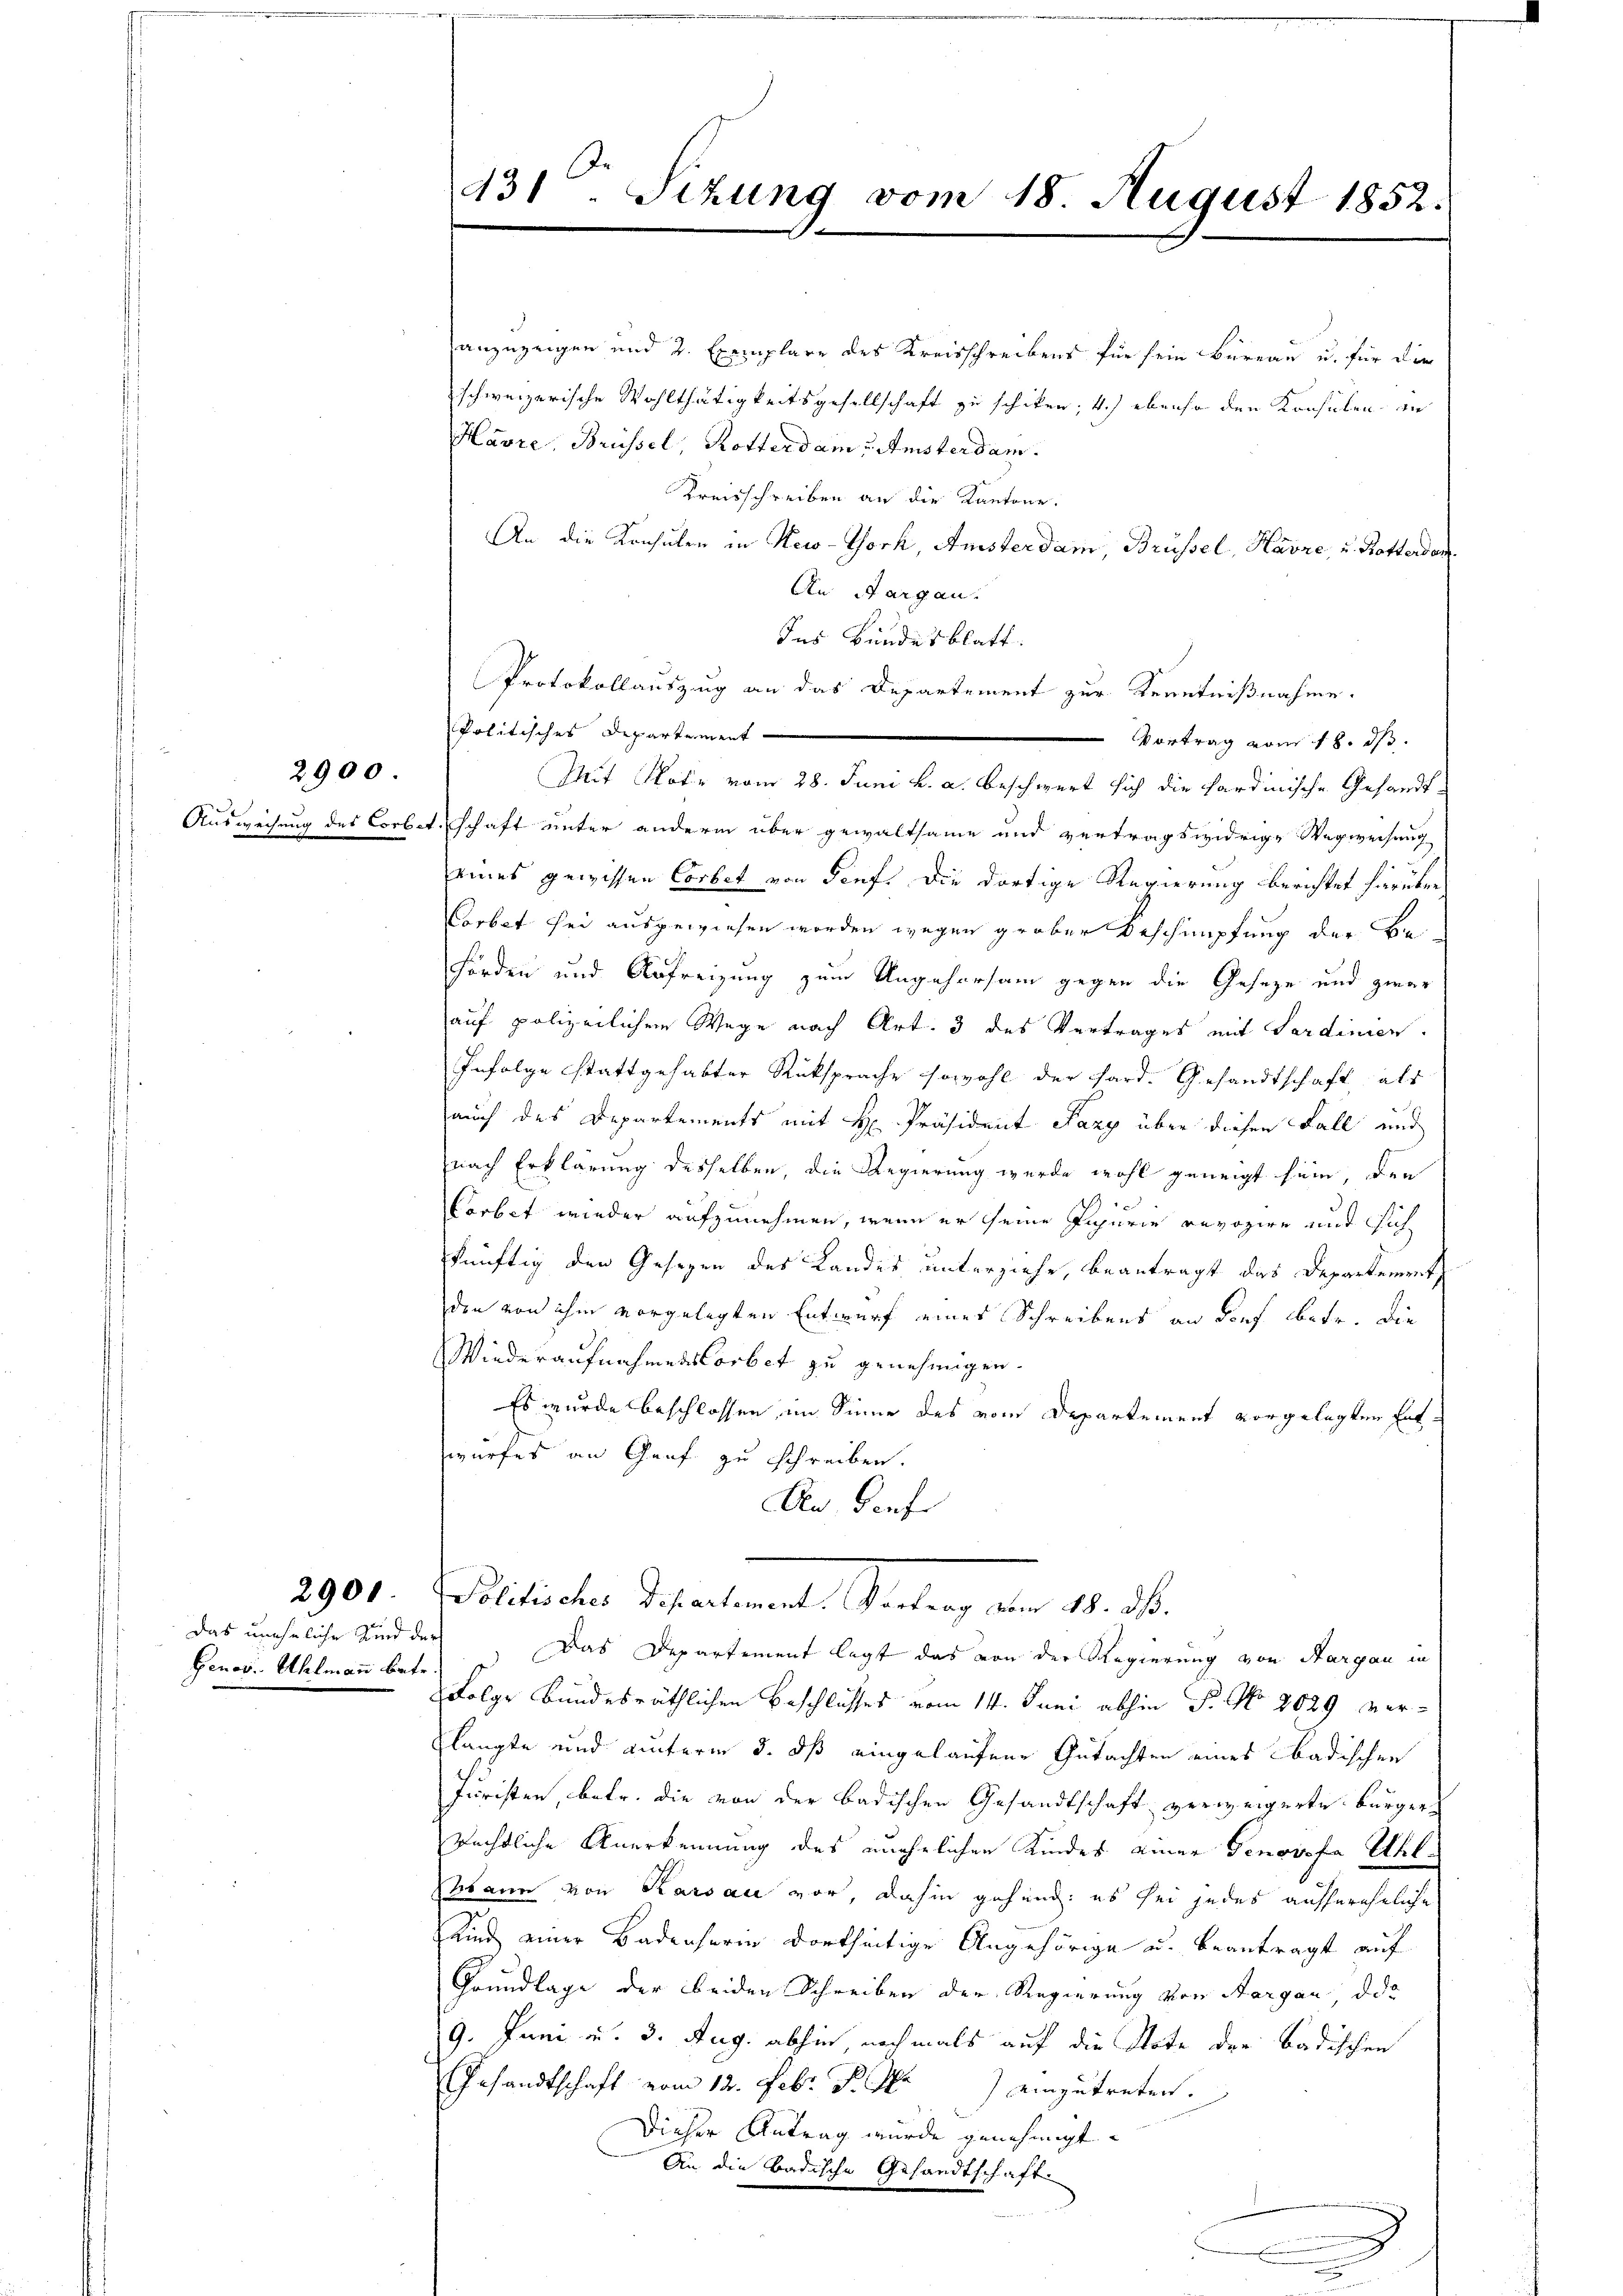
2900.

anzuzeigen und 2. Exemplare des Kreisschreibens für sein Büreau u. für die
schweizerische Wohlthätigkeitsgesellschaft zu schiken; 4) ebenso den Konsulen in
Havre, Brüssel, Rotterdam u Amsterdam.
Kreisschreiben an die Kantone.
An die Konsulen in New-York, Amsterdam, Brüssel, Havre, u. Rotterdan
An Aargau.
Ins Bundesblatt.
Protokollauszug an das Departement zur Kenntnißnahme.
Politisches Departement
Vortrag vom 18. ds.
Mit Wotr vom 28. Juni k. a. beschwert sich die Sardinische Gesandt-
Ausweisung des Corbitschaft unter andern über gewaltsame und vertragswidrige Wegweisung
eines gewissen Corbet von Tiefe die dortige Regierung berichtet hierüber
Corbat sei ausgewiesen worden wegen grober Beschnüpfung der Be¬
Förden und Aufreizung zum Ungehorsam gegen die Geseze und zwar
auf polizeilichen Wege nach Art. 3 des Vertrages mit Ferdinien.
Infolge stattgehabter Rücksprache sowohl der Sard. Gesandtschaft als
auch des Departements mit H. Präsident Pazy über diesen Fall und
nach Erklärung desselben, die Regierung wurde wohl geneigt sein, den
Carbet wieder aufzunehmen, wenn er seine Injurie revozire und sich
künftig den Gesezen des Landes unterziehe, beantragt das Departement
den von ihm vorgelegten Entwurf eines Schreibens an dorf betr. die
Wiederaufnahmenstorbet zu genehmigen.
Es wurde beschlossen im Sinne des vom Departement vorgelegten Entwurfes an Graf zu schreiben.
On Dorf
tierte Partement. Seiten den 10. S.
Das Departement legt das von der Regierung von Aargau in
Folge bundesräthlichen Beschlusses vom 14. Juni abhin P. No. 2029 verklangte und unterm 3. ds eingelaufene Gutachten eines badischen
Juristen, betr. die von der badischen Gesandtschaft verweigerte Bürgerrächtliche Anerkennung des unehelichen Kindes einer Genovefa Uhl¬
Mann von Karsau vor, dahin gehend: es sei jedes aussereheliche
Kind einer Badenserin dortseitige Angehörige u. beantragt auf
Grundlage der beiden Schreiben der Regierung von Aargau, das
9. Juni u. 3. Aug. abhin, nochmals auf die Note der Badischen
Gesandtschaft vom 12. Febr. P. M. einzutreten.
Dieser Antrag wurde genehmigt.
An die Badische Gesandtschaft.

das uneheliche Kind der
Genov. Ahlmann betr

2900.

431. Sizung vom 18. August 1852.